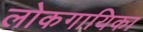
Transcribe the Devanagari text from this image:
लोकगायिका